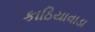
કાઠિયાવાડા